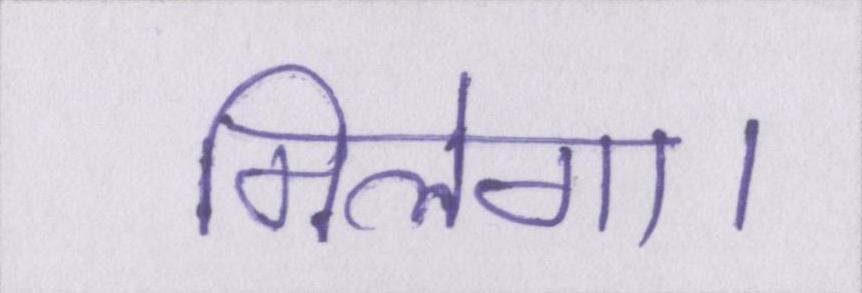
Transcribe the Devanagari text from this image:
मिलेगा।